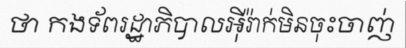
ថា កងទ័ពរដ្ឋាភិបាលអ៊ីរ៉ាក់មិនចុះចាញ់